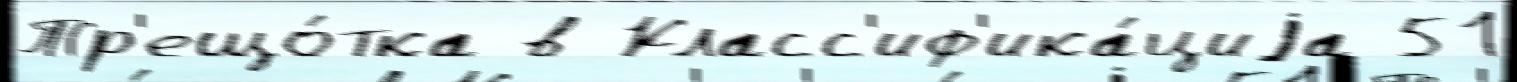
Тр'ещо́тка в Класс'иф'ика́циjа 51